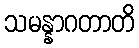
သမန္နာဂတာတိ